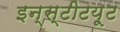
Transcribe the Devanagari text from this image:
इन्स्टीटय़ूट